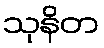
သုနိတ